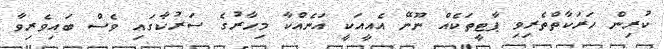
ކުރިން ހަރަކާތްތެރިވި ޕާޓީތަކެއް ނޫނޭ އެއީއަކީ އަނެއްކާ މިހާރުގެ ސަރުކާގައި ވެސް ބައިވެރިވާ